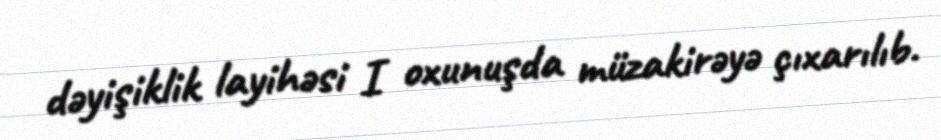
dəyişiklik layihəsi I oxunuşda müzakirəyə çıxarılıb.